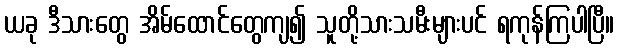
ယခု ဒီသားတွေ အိမ်ထောင်တွေကျ၍ သူတို့သားသမီးများပင် ရကုန်ကြပါပြီ။